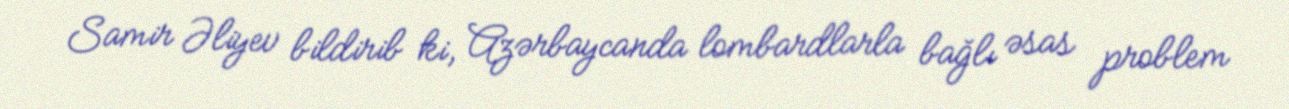
Samir Əliyev bildirib ki, Azərbaycanda lombardlarla bağlı əsas problem